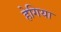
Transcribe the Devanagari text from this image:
हेगिया